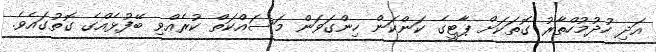
އަދި ހުދުމުހްތާރު ގޮތަކަށް ޕާޓީގެ ކަންކަން ހިންގަވަން މަސައްކަތް ކުރެއްވި ބޭފުޅެއްގެ ގޮތުގައެވެ.